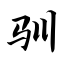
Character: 驯